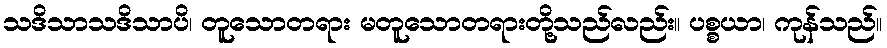
သဒိသာသဒိသာပိ၊ တူသောတရား မတူသောတရားတို့သည်လည်း။ ပစ္စယာ၊ ကုန်သည်။